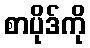
စာပိုဒ်ကို